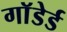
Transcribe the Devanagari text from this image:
गाॅडेर्ड